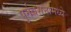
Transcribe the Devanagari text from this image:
पुर्नवसनामध्ये